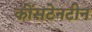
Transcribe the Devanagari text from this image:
कोंसटेनटीन